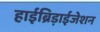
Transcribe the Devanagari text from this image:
हाईब्रिड़ाईजेशन